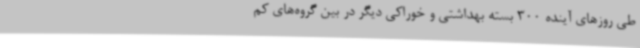
طی روزهای آینده 300 بسته بهداشتی و خوراکی دیگر در بین گروه‌های کم